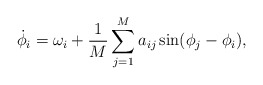
\begin{align*} \dot \phi_i = \omega_i + \frac 1M \sum_{j=1}^M a_{ij} \sin(\phi_j-\phi_i),\end{align*}